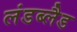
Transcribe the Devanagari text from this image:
लंडब्लैड